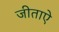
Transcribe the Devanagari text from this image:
जीताऐ